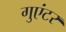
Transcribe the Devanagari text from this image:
गुएंटर